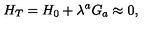
H _ { T } = H _ { 0 } + \lambda ^ { a } G _ { a } \approx 0 ,